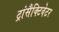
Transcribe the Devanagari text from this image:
ट्रांसैक्टिवेटर